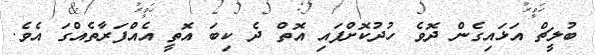
ބުލީޗް އަޅައިގެން ދޮވެ ހުދުކޮށްފައި އޮތް ދެ ކިބަ އޮތީ އެއްފަރާތެއްގަ އެވެ.